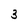
Character: 3